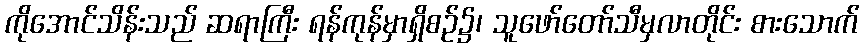
ကိုအောင်သိန်းသည် ဆရာကြီး ရန်ကုန်မှာရှိစဉ်၌၊ သူဖော်တော်သီမှလာတိုင်း စားသောက်